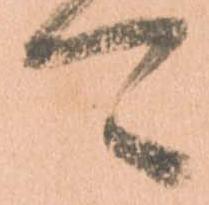
可